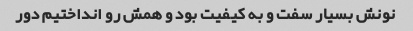
نونش بسیار سفت و به کیفیت بود و همش رو انداختیم دور